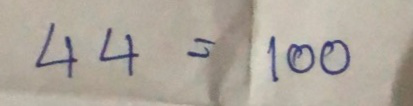
44 = 100